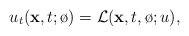
LaTeX: \begin{align*}u_t(\mathbf{x},t;\o) = \mathcal{L}(\mathbf{x},t,\o;u),\end{align*}